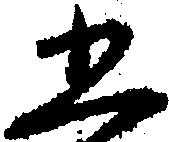
五